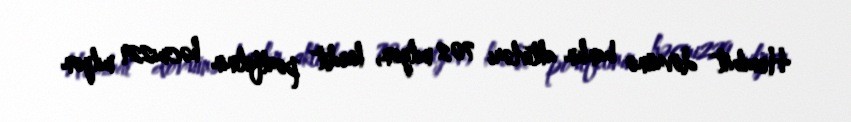
Hesabat dövrünə bankın aktivləri 702 milyon, kredit portfelinin həcmi229 milyon